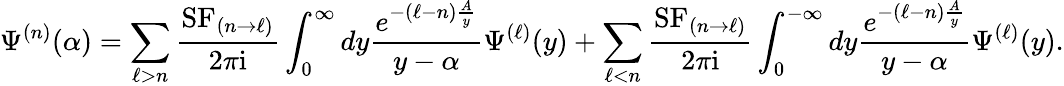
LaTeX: \Psi^{(n)}(\alpha)=\sum_{\ell>n}\frac{\mathrm{SF}_{(n\to\ell)}}{2\pi\mathrm{i}}\int_{0}^{\infty}dy\frac{e^{-(\ell-n)\frac{A}{y}}}{y-\alpha}\Psi^{(\ell)}(y)+\sum_{\ell<n}\frac{\mathrm{SF}_{(n\to\ell)}}{2\pi\mathrm{i}}\int_{0}^{-\infty}dy\frac{e^{-(\ell-n)\frac{A}{y}}}{y-\alpha}\Psi^{(\ell)}(y).